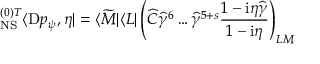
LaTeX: { } _ { \mathrm { N S } } ^ { ( 0 ) T } \langle \mathrm { D } p _ { \psi } , \eta | = \langle \widetilde M | \langle L | \left( \widehat C { \widehat { \gamma } } ^ { 6 } \dots { \widehat { \gamma } } ^ { 5 + s } \frac { 1 - \mathrm { i } \eta \widehat \gamma } { 1 - \mathrm { i } \eta } \right) _ { L M }